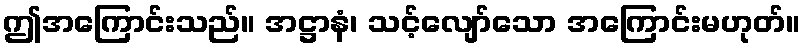
ဤအကြောင်းသည်။ အဋ္ဌာနံ၊ သင့်လျော်သော အကြောင်းမဟုတ်။